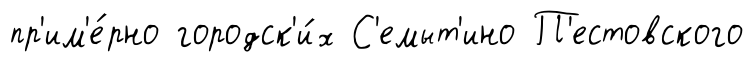
пр'им'е́рно городск'и́х С'емыт'ино П'естовского